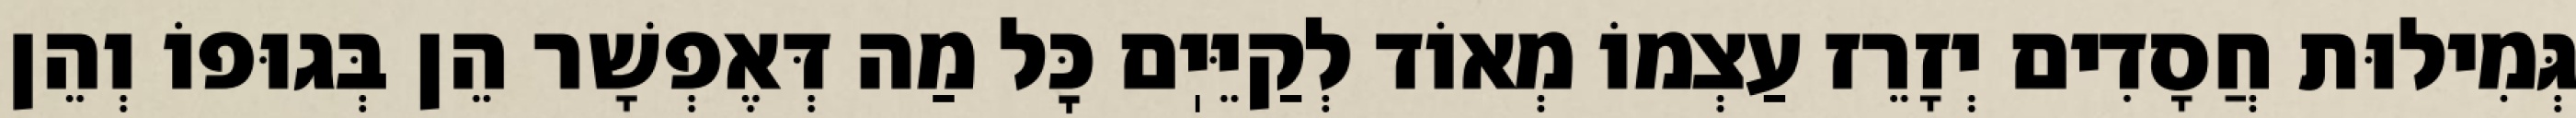
גְּמִילוּת חֲסָדִים יְזָרֵז עַצְמוֹ מְאוֹד לְקַיֵּיֽם כׇּל מַה דְּאֶפְשָׁר הֵן בְּגוּפוֹ וְהֵן